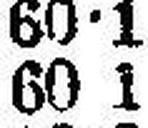
60 1